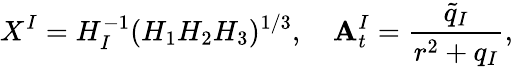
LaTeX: X^{I}=H_{I}^{-1}(H_{1}H_{2}H_{3})^{1/3},\quad\mathbf{A}_{t}^{I}=\frac{{\tilde{{q}}_{I}}}{{r^{2}+q_{I}}},